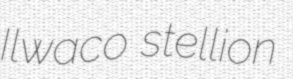
Ilwaco stellion